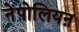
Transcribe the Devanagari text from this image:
नेपोलियऩ